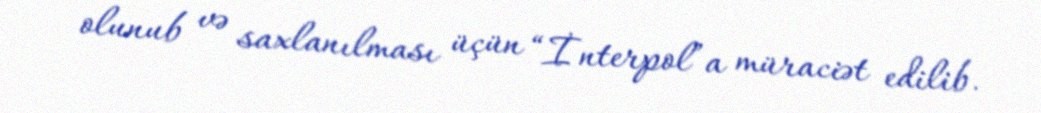
olunub və saxlanılması üçün “İnterpol”a müraciət edilib.